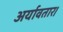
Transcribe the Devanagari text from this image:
अर्यावतार।